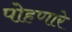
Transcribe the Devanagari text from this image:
पोहणारे